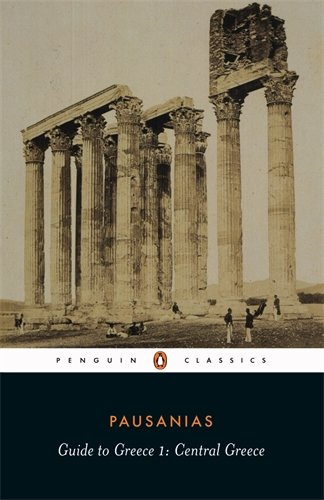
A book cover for Guide to Greece, Vol. 1: Central Greece; Pausanias; Travel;